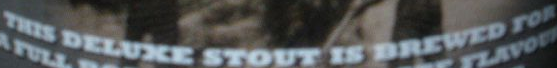
THIS DELUXE STOUT IS DREWED roR